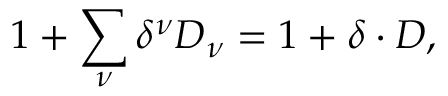
1 + \sum _ { \nu } \delta ^ { \nu } D _ { \nu } = 1 + \delta \cdot D ,